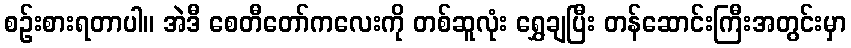
စဉ်းစားရတာပါ။ အဲဒီ စေတီတော်ကလေးကို တစ်ဆူလုံး ရွှေချပြီး တန်ဆောင်းကြီးအတွင်းမှာ